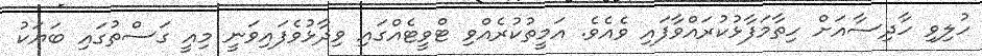
ހުލިވި ހާދިސާއަށް ހިތާމަފާޅުކުރައްވާފައި ވެއެވެ. އަމީތުކުރެއްވި ޓްވީޓެއްގައި ވިދާޅުވެފައިވަނީ މިއީ ގަސްތުގައި ބަޔަކު